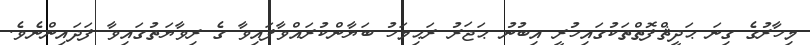
މިހާރުގެ ގިނަ ޙަދީޘްފޮތްތަކުގައިހުރީ އިބުނު ޙަޖަރު ރަޙިމަހު ބަޔާންކުރައްވާފައިވާ ގެ ރިވާޔަތުގައިވާ ފަދައިންނެވެ.